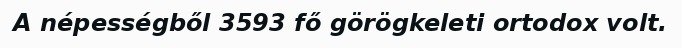
A népességből 3593 fő görögkeleti ortodox volt.